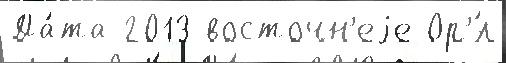
Да́та 2013 восточн'еjе Ор'́л